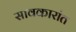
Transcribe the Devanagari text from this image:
सावकारांत